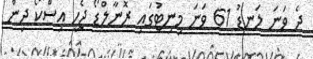
ދެ ވަނަ ލަނޑު 61 ވަނަ މިނިޓުގައި ރޮނާލްޑޯ ޖެހީ އިސްކޯ ދިން